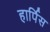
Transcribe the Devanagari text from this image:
हार्पिस